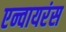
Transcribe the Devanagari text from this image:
एन्वायरंस